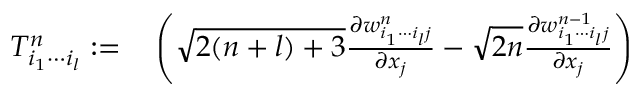
\begin{array} { r l } { T _ { i _ { 1 } \cdots i _ { l } } ^ { n } : = } & { { } \left( \sqrt { 2 ( n + l ) + 3 } \frac { \partial w _ { i _ { 1 } \cdots i _ { l } j } ^ { n } } { \partial x _ { j } } - \sqrt { 2 n } \frac { \partial w _ { i _ { 1 } \cdots i _ { l } j } ^ { n - 1 } } { \partial x _ { j } } \right) } \end{array}